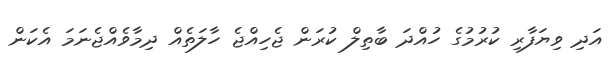
އަދި ވިޔަފާރި ކުރުމުގެ ހުއްދަ ބާތިލް ކުރަން ޖެހިއްޖެ ހާލަތެއް ދިމާވެއްޖެނަމަ އެކަން